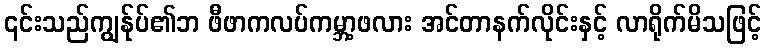
၎င်းသည်ကျွန်ုပ်၏ဘ ဖီဖာကလပ်ကမ္ဘာ့ဖလား အင်တာနက်လိုင်းနှင့် လာရိုက်မိသဖြင့်